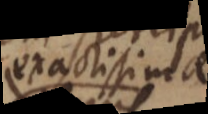
exactissimae